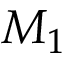
M _ { 1 }